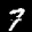
Label: 7